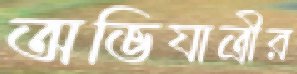
অভিযাত্রীর